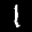
Label: 1